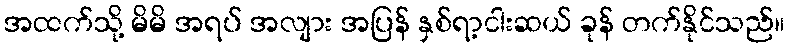
အထက်သို့ မိမိ အရပ် အလျား အပြန် နှစ်ရာ့ငါးဆယ် ခုန် တက်နိုင်သည်။